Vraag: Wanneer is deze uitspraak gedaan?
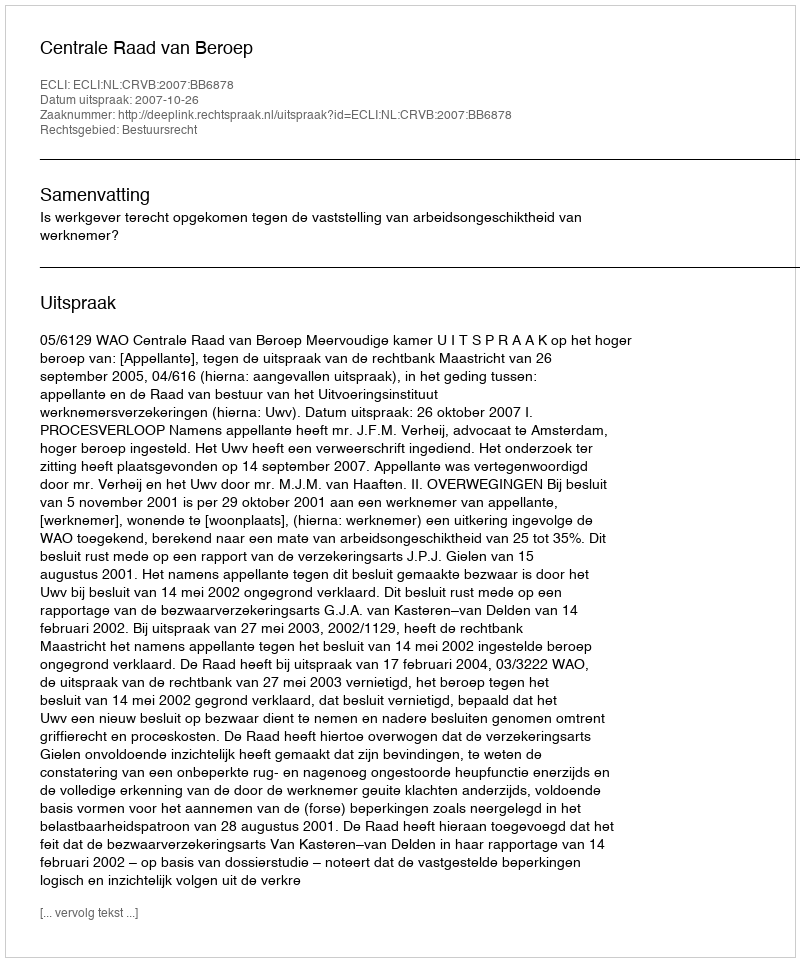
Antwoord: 2007-10-26